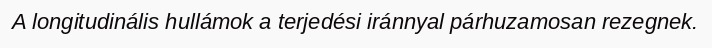
A longitudinális hullámok a terjedési iránnyal párhuzamosan rezegnek.